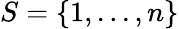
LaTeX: S=\{ 1,...,n\}